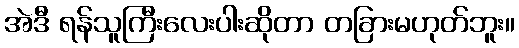
အဲဒီ ရန်သူကြီးလေးပါးဆိုတာ တခြားမဟုတ်ဘူး။